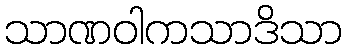
သာဏဝါကသာဒိသာ